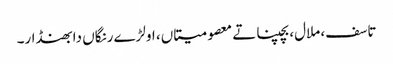
تاسف، ملال، بچپنا تے معصومیتاں، اولڑے رنگاں دا بھنڈار۔